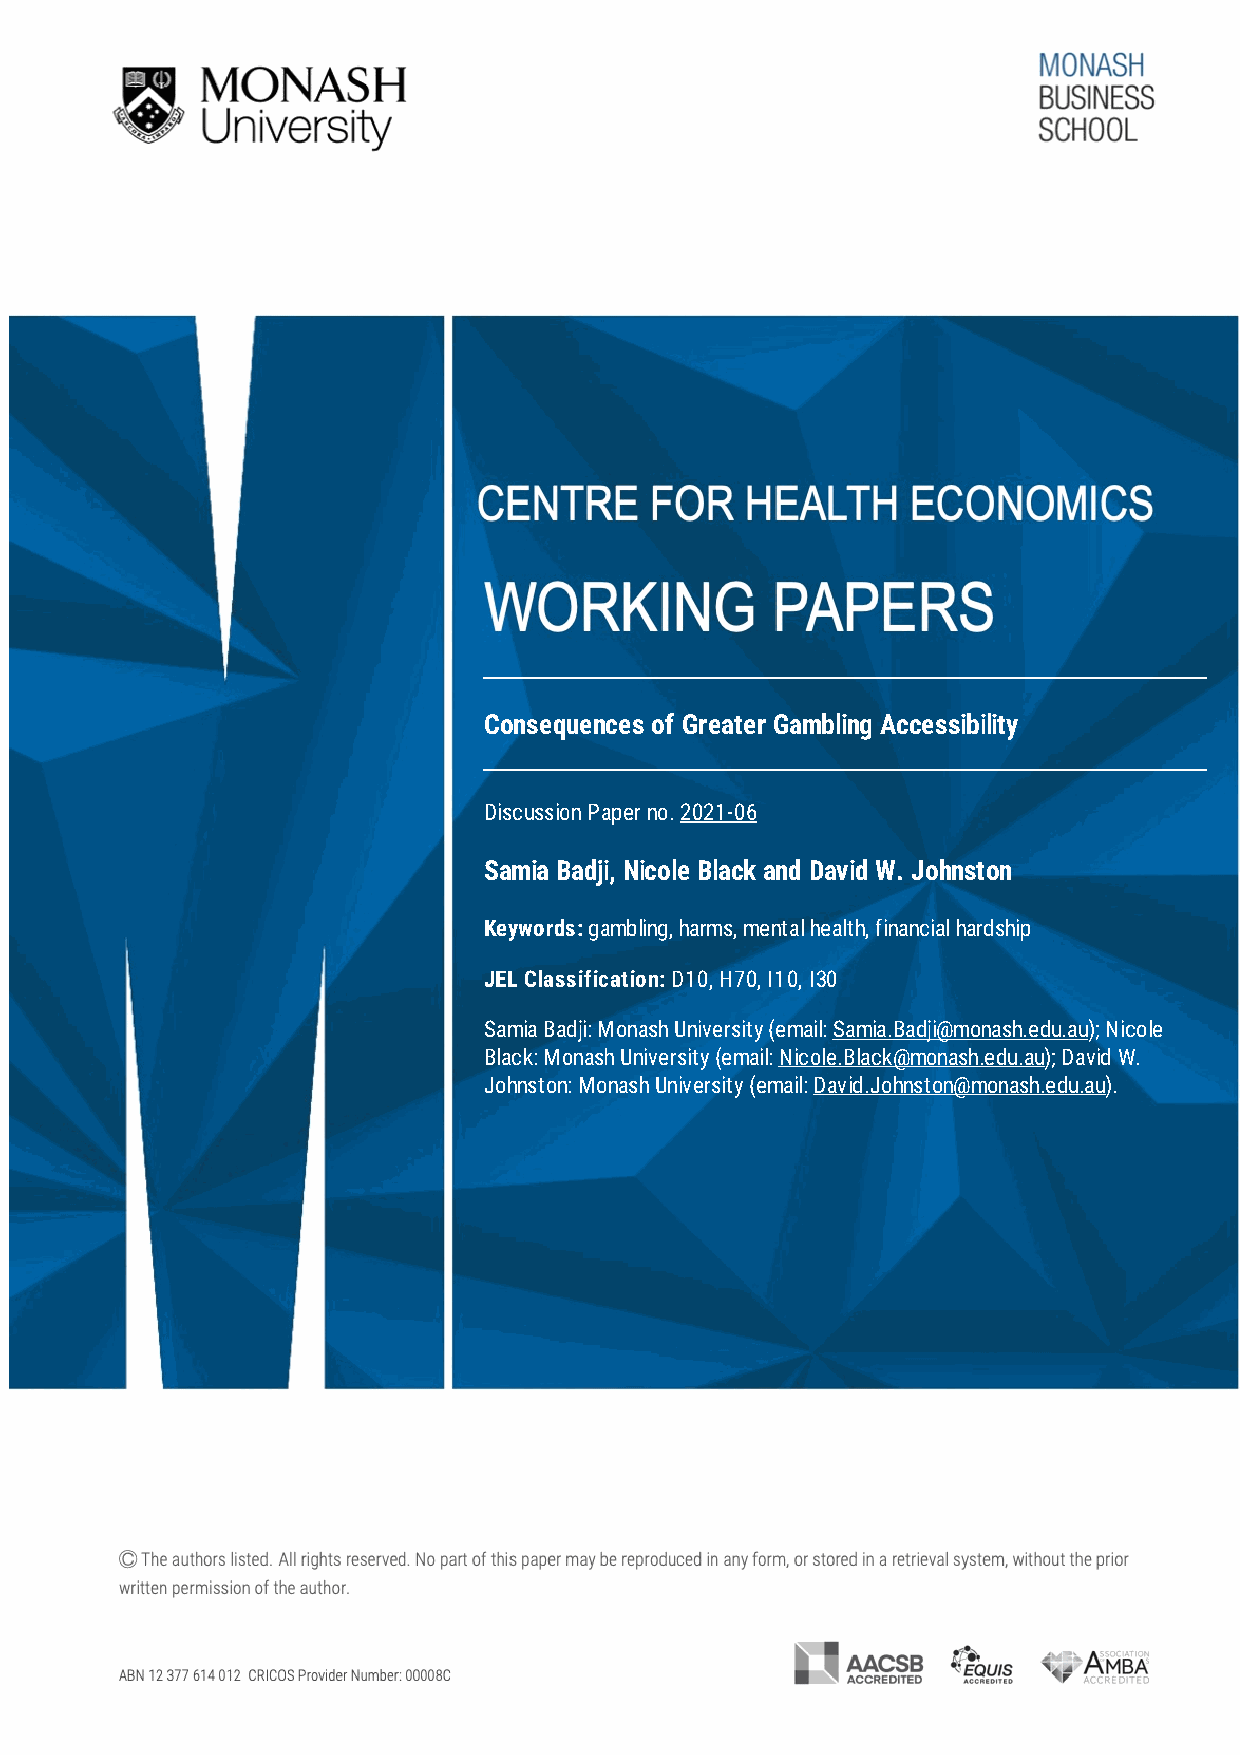
Consequences of Greater Gambling Accessibility
 Discussion Paper no. 2021-06
 Samia Badji, Nicole Black and David W. Johnston
 Keywords: gambling, harms, mental health, financial hardship
 JEL Classification: D10, H70, I10, I30
 Samia Badji: Monash University (email: Samia.Badji@monash.edu.au); Nicole
 Black: Monash University (email: Nicole.Black@monash.edu.au); David W.
 Johnston: Monash University (email: David.Johnston@monash.edu.au).